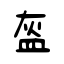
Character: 盔